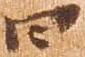
四